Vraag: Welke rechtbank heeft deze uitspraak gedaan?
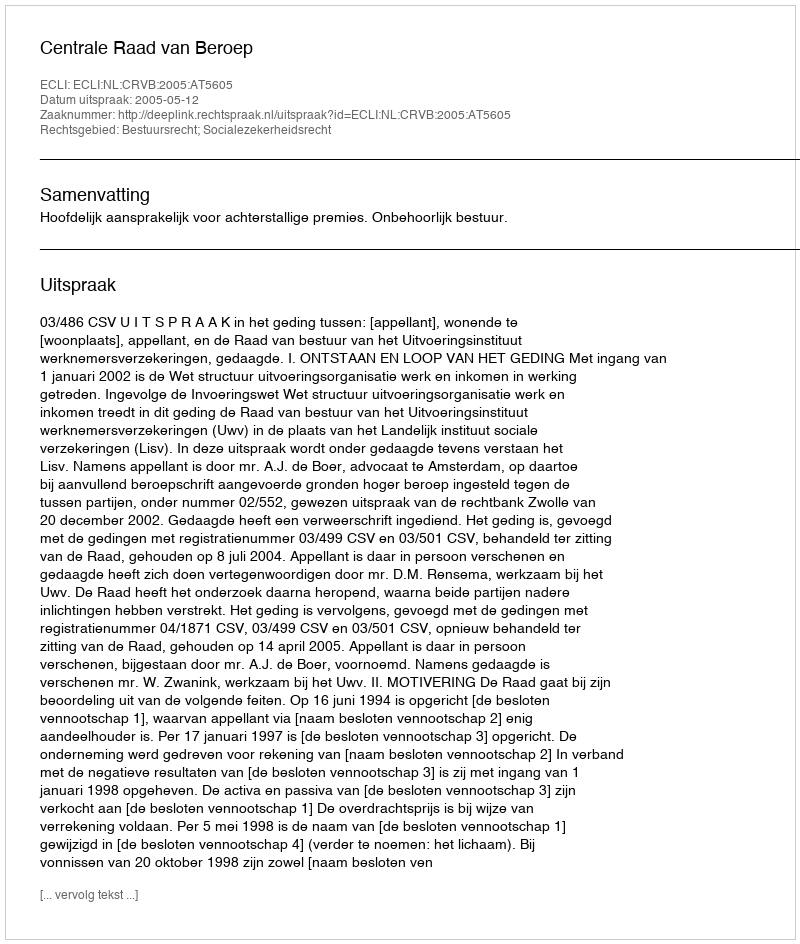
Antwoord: Centrale Raad van Beroep